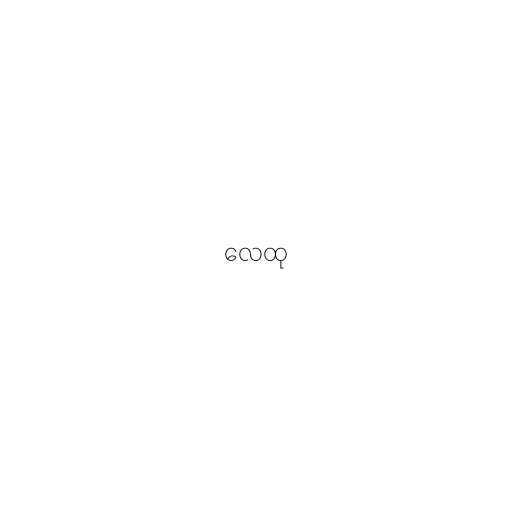
လေထု